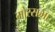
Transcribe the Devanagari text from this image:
मोरसभा